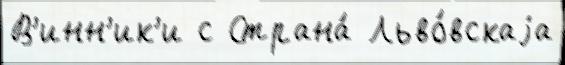
В'инн'ик'и с Страна́ Льво́вскаjа